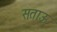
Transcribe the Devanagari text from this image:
सताऊ